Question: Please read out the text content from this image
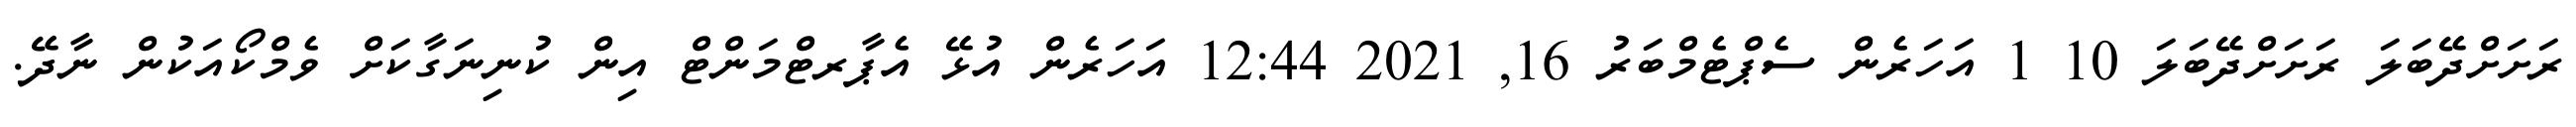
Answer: ރަށަށްދޭބަލަ ރަށަށްދޭބަލަ 10 1 އަހަރެން ސެޕްޓެމްބަރު 16, 2021 12:44 އަހަރެން އުޅޭ އެޕާރޓްމަންޓް އިން ކުނިނަގާކަށް ވެމްކޯއަކުން ނާދޭ.